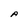
Character: A